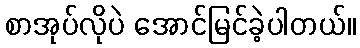
စာအုပ်လိုပဲ အောင်မြင်ခဲ့ပါတယ်။